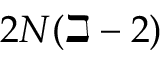
2 N ( \beth - 2 )